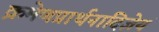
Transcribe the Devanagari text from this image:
क्रमेणप्रार्थनादिज्ञेयं